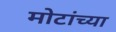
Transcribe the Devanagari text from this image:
मोटांच्या